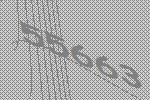
55663